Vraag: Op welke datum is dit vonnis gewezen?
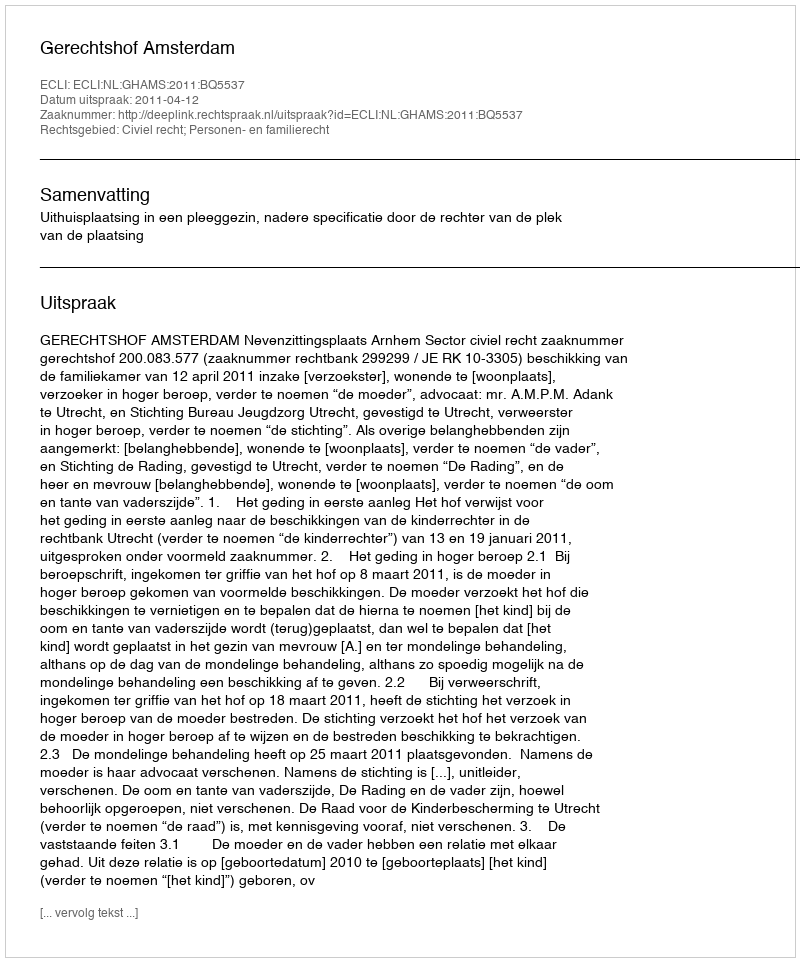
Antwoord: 2011-04-12